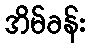
အိမ်ခန်း